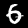
Digit: 6